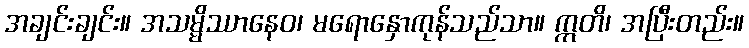
အချင်းချင်း။ အသမ္မိဿာနေဝ၊ မရောနှောကုန်သည်သာ။ ဣတိ၊ အပြီးတည်း။